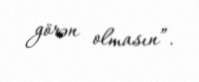
görən olmasın”.